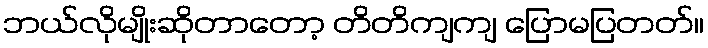
ဘယ်လိုမျိုးဆိုတာတော့ တိတိကျကျ ပြောမပြတတ်။